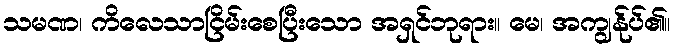
သမဏ၊ ကိလေသာငြိမ်းစေပြီးသော အရှင်ဘုရား။ မေ၊ အကျွန်ုပ်၏။